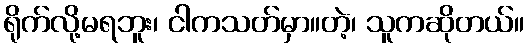
ရိုက်လို့မရဘူး၊ ငါကသတ်မှာ။တဲ့၊ သူကဆိုတယ်။